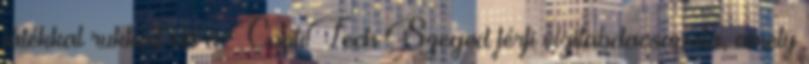
játékkal rukkolt elő a ContiTech Szeged férfi vízilabdacsapata, amely